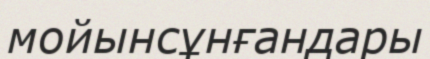
мойынсұнғандары